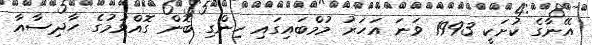
އޭނާގެ ކުށަކީ 1993 ވަނަ އަހަރު މުމްބައިގައި ހިންގި ބޮން ގޮއްވުމުގެ ހާދިސާއާ